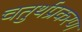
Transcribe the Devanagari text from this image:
चतुर्थप्रकरण